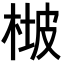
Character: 𣔡